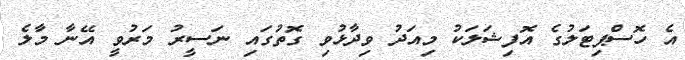
އެ ހޮސްޕިޓަލުގެ އޮފިޝަލަކު މިއަދު ވިދާޅުވި ގޮތުގައި ނަސީރު މަރުވީ އޭނާ މާލެ